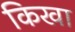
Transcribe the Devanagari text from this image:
किखा